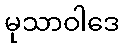
မုသာဝါဒေ